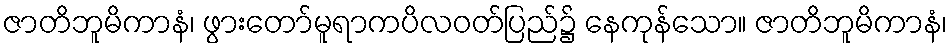
ဇာတိဘူမိကာနံ၊ ဖွားတော်မူရာကပိလဝတ်ပြည်၌ နေကုန်သော။ ဇာတိဘူမိကာနံ၊